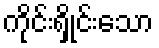
ကိုင်းရှိုင်းသော